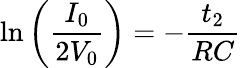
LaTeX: \ln{\left(\frac{I_{0}}{2V_{0}}\right)}=-\frac{t_{2}}{RC}